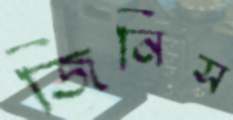
জিনিস